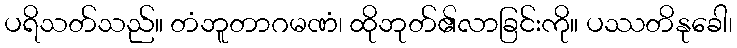
ပရိသတ်သည်။ တံဘူတာဂမဏံ၊ ထိုဘုတ်၏လာခြင်းကို။ ပဿတိနုခေါ၊